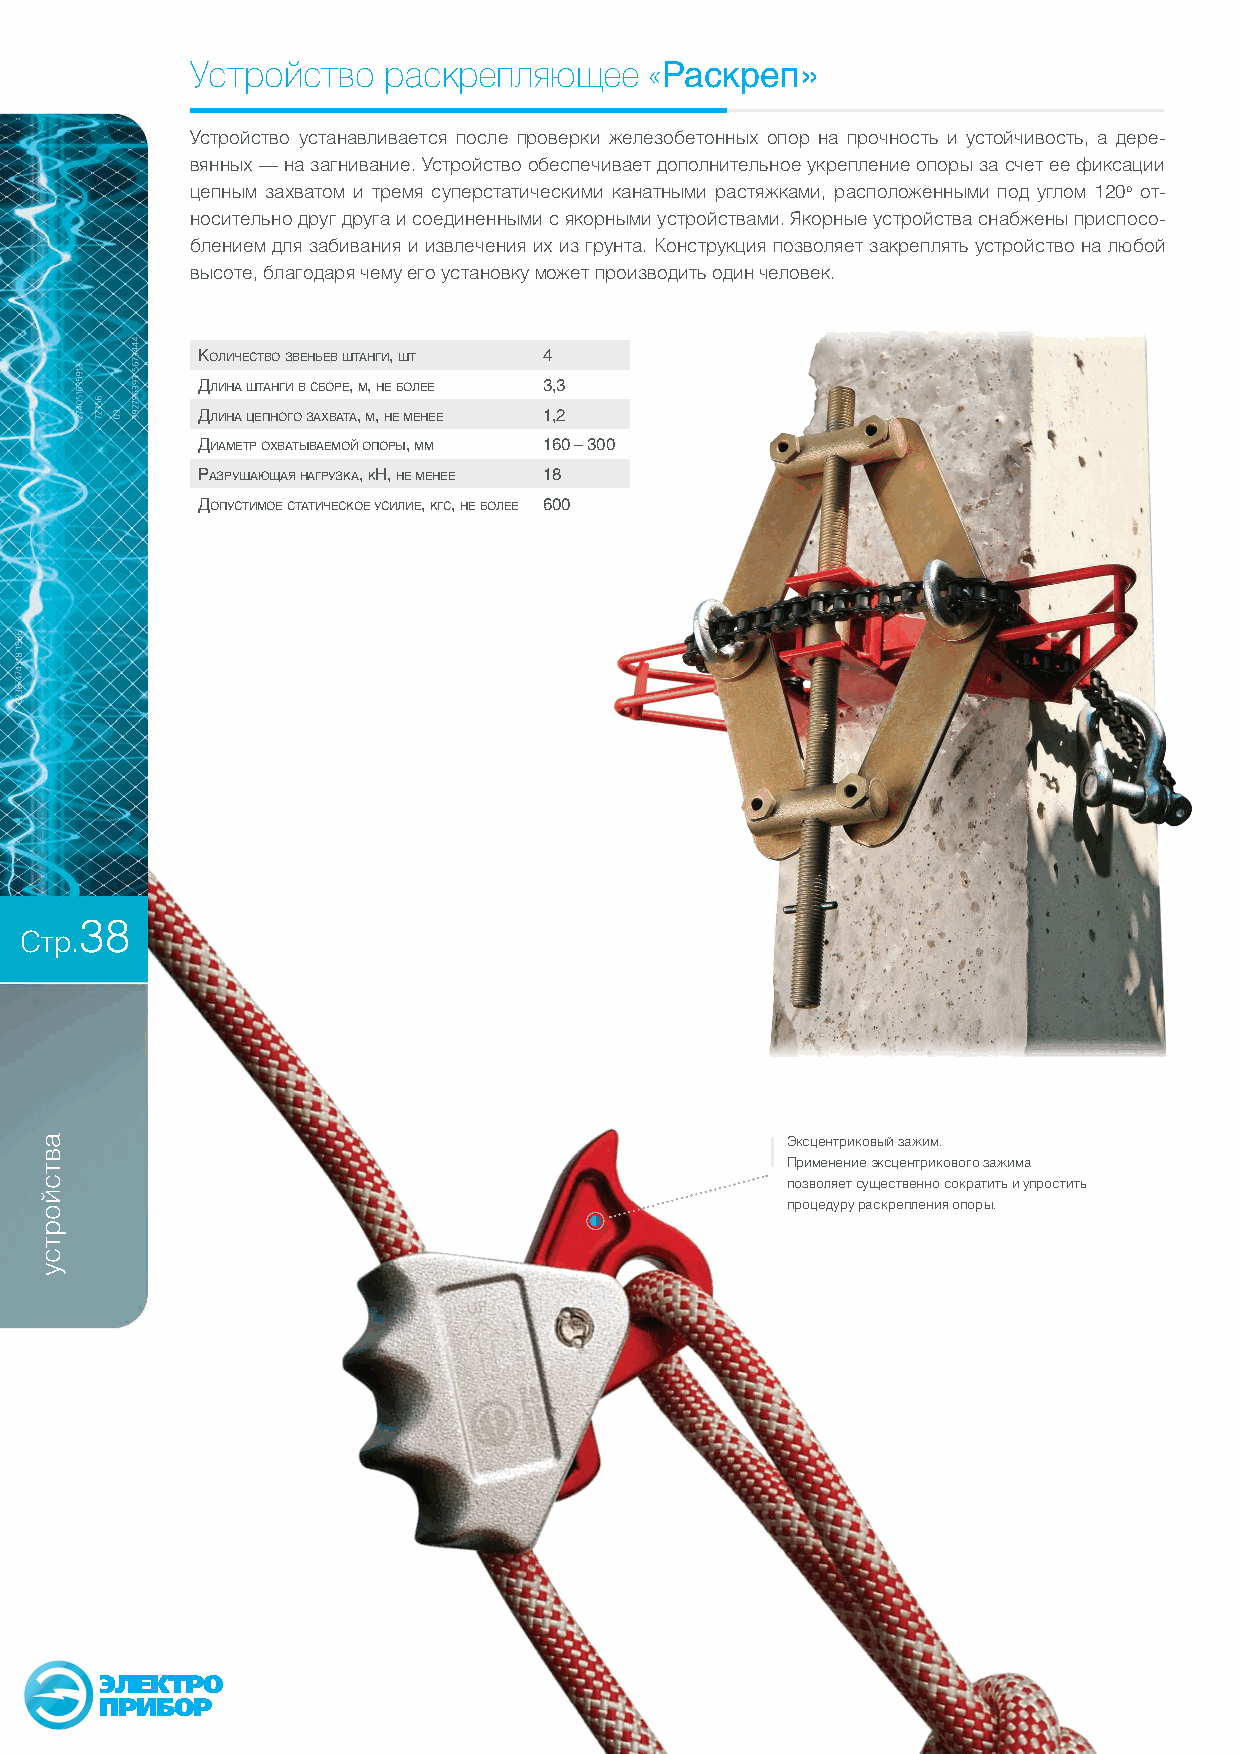
Устройство  раскрепляющее     «Раскреп»
 Устройство устанавливается после проверки железобетонных опор на прочность и устойчивость, а дере-
 вянных — на загнивание. Устройство обеспечивает дополнительное укрепление опоры за счет ее фиксации
 цепным захватом и тремя суперстатическими канатными растяжками, расположенными под углом 120о от-
 носительно друг друга и соединенными с якорными устройствами. Якорные устройства снабжены приспосо-
 блением для забивания и извлечения их из грунта. Конструкция позволяет закреплять устройство на любой
 высоте, благодаря чему его установку может производить один человек.
 количесТВо зВеньеВ шТанги, шТ 4
 Длина шТанги В сборе, м, не более 3,3
 Длина цепного захВаТа, м, не менее 1,2
 ДиамеТр охВаТыВаемой опоры, мм 160 – 300
 разрушающая нагрузка, кн, не менее 18
 ДопусТимое сТаТическое усилие, кгс, не более 600
 38
 Стр.
 Эксцентриковый зажим.
 Применение эксцентрикового зажима
 позволяет существенно сократить и упростить
 процедуру раскрепления опоры.
 ЭЛЕКТРО
 ПРИБОР
 автсйортсу